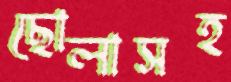
ছোলাসহ